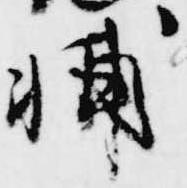
輔